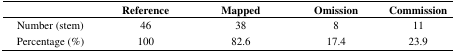
|  | Reference | Mapped | Omission | Commission |
 | --- | --- | --- | --- | --- |
 | Number (stem) | 46 | 38 | 8 | 11 |
 | Percentage (%) | 100 | 82.6 | 17.4 | 23.9 |